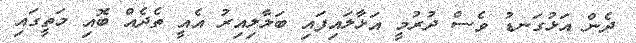
ދެން އަޅުގަނޑު ވެސް ދުރުމީ އަޅާލައިފައި ބަލާލިއިރު އެއީ ތެދެއް ބޮއި މަތީގައި